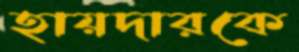
হায়দারকে